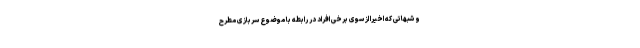
و شبهاتی که اخیرا از سوی برخی افراد در رابطه با موضوع سربازی مطرح